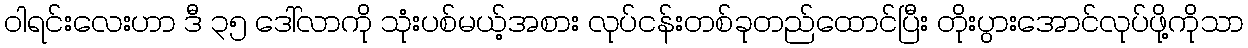
ဝါရင်းလေးဟာ ဒီ ၃၅ ဒေါ်လာကို သုံးပစ်မယ့်အစား လုပ်ငန်းတစ်ခုတည်ထောင်ပြီး တိုးပွားအောင်လုပ်ဖို့ကိုသာ